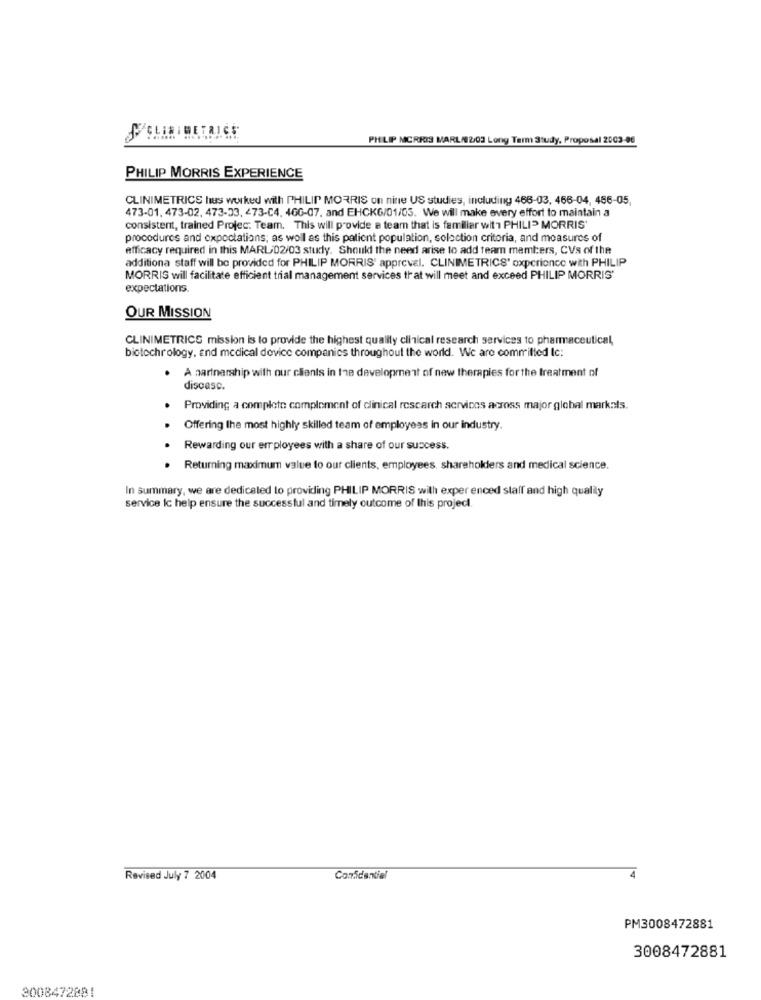
CLINIBETRICE
PHILIP MORRIS MARL/02/03 Long Term Study, Proposal 2003-06
PHILIP MORRIS EXPERIENCE
CLINIMETRICS hus worked with PHILIP MORRIS on nine US studies, including 466-03, 466-04, 456-05,
473-01, 473-02, 473-33, 473-C4, 4GG-07, and EHCK6/01/03. We will make every effort to maintain a
consistent, trained Projec: Team. This will provide a team that is familiar with PHILIP MORRIS'
procedures and expectations; as well as this patient population, selection criteria, and measures of
efficacy required in this MARL-02/03 study. Should the need arise to add team members, CVs of the
additiona staff will be provided for PHILIP MORRIS' apprevel. CLINIMETRICS' experience with PHILIP
MORRIS will facilitate efficient trial management services that will meet and exceed PHILIP MORRIS'
expectations.
OUR MISSION
CLINIMETRICS mission is to provide the highest quality clinical research services to pharmaceutical,
biotechrology, and medical device companies throughout the world. We are committed Ic:
A partnership with our clients in the development of new therapies for the treatment of
.
discasc.
Providing a complete complement of clinical rescarch services across major global markals.
Offering the most highly skilled team of employees in our industry.
Rewarding our errployees with a share of our success.
.
Returning maximum value to our clients, employees. shareholders and medical science.
In summary, we are dedicated to providing PHILIP MORRIS with exper enced staff and high quality
service ic help ensure the successful and timely outcome of this project.
Revised July 7 2004
Confidential
PM3008472881
3008472881
3008472881